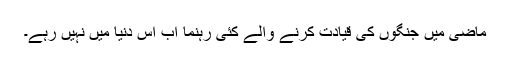
ماضی میں جنگوں کی قیادت کرنے والے کئی رہنما اب اس دنیا میں نہیں رہے۔